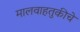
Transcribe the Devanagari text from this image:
मालवाहतुकीचे